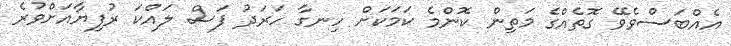
އެއްބަސްވެވޭ ގޮތެއްގެ މަތިން ކޮންމެ ކަމަކަށް ހިނގާ ހަރަދު ފަސް ލައްކަ ރުފިޔާއަށްވުރެ